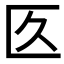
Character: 匛